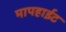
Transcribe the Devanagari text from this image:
मापहाईट